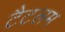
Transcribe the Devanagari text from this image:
टैटलम